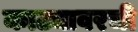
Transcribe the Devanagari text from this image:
काट्यावरची